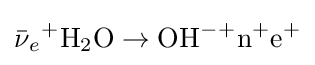
{\ce {{\bar {\nu }}_{e}+H2O\to OH^{-}{}+n{}+e^{+}}}